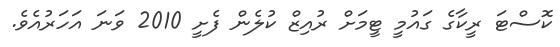
ކޮސްޓަ ރީކާގެ ގައުމީ ޓީމަށް ރުއިޒް ކުލެން ފެށީ 2010 ވަނަ އަހަރުއެވެ.